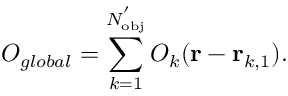
O _ { g l o b a l } = \sum _ { k = 1 } ^ { N _ { \mathrm { { o b j } } } ^ { ' } } O _ { k } ( \mathbf { r } - \mathbf { r } _ { k , 1 } ) .